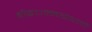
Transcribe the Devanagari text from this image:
बौद्धधम्मग्रंथाची